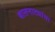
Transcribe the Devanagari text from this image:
बालनाट्यांचा